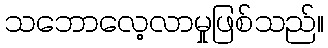
သဘောလေ့လာမှုဖြစ်သည်။